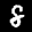
Label: 8